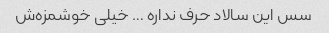
سس این سالاد حرف نداره … خیلی خوشمزه‌ش